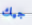
جيك